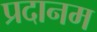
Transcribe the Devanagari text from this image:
प्रदानम